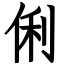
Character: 俐